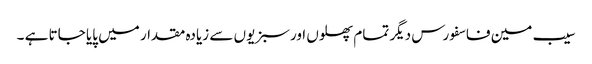
سیب مین فاسفورس دیگر تمام پھلوں اورسبزیوں سے زیادہ مقدار میں پایا جاتا ہے ۔